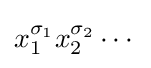
x_{1}^{\sigma _{1}}x_{2}^{\sigma _{2}}\cdots